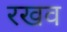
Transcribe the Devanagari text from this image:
रखव